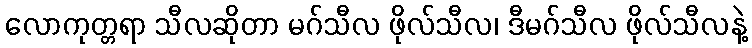
လောကုတ္တရာ သီလဆိုတာ မဂ်သီလ ဖိုလ်သီလ၊ ဒီမဂ်သီလ ဖိုလ်သီလနဲ့